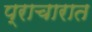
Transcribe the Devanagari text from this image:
प्राचारात